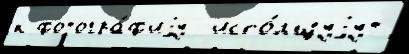
к фотогра́ф'иjу  испо́льзуjут